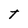
Character: t